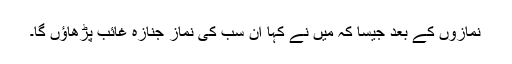
نمازوں کے بعد جیسا کہ مَیں نے کہا ان سب کی نمازِ جنازہ غائب پڑھاؤں گا۔